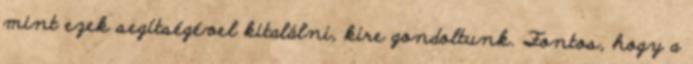
mint ezek segítségével kitalálni, kire gondoltunk. Fontos, hogy a